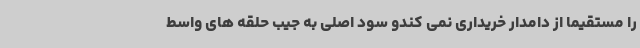
را مستقیما از دامدار خریداری نمی کندو سود اصلی به جیب حلقه های واسط